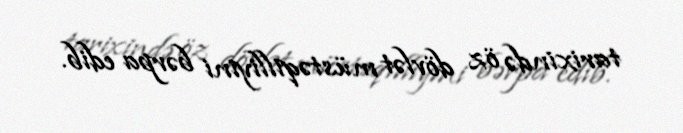
tarixində öz dövlət müstəqilliyini bərpa edib.